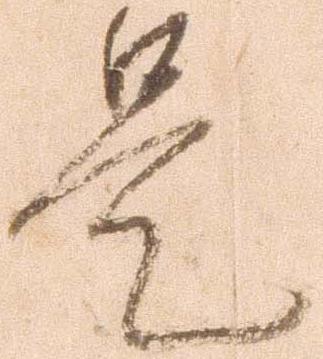
是